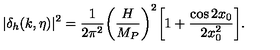
| \delta _ { h } ( k , \eta ) | ^ { 2 } = \frac { 1 } { 2 \pi ^ { 2 } } \biggl ( \frac { H } { M _ { P } } \biggr ) ^ { 2 } \biggl [ 1 + \frac { \cos { 2 x _ { 0 } } } { 2 x _ { 0 } ^ { 2 } } \biggr ] .